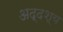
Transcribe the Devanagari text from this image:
अद्दश्य